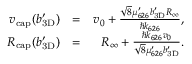
\begin{array} { r l r } { \ensuremath { v _ { \mathrm { c a p } } } ( \ensuremath { b _ { \mathrm { 3 D } } ^ { \prime } } ) } & { = } & { v _ { 0 } + \frac { \sqrt { 8 } \mu _ { 6 2 6 } ^ { \prime } \ensuremath { b _ { \mathrm { 3 D } } ^ { \prime } } R _ { \infty } } { \hbar \ensuremath { k _ { 6 2 6 } } } , } \\ { \ensuremath { R _ { \mathrm { c a p } } } ( \ensuremath { b _ { \mathrm { 3 D } } ^ { \prime } } ) } & { = } & { R _ { \infty } + \frac { \hbar \ensuremath { k _ { 6 2 6 } } v _ { 0 } } { \sqrt { 8 } \mu _ { 6 2 6 } ^ { \prime } \ensuremath { b _ { \mathrm { 3 D } } ^ { \prime } } } . } \end{array}